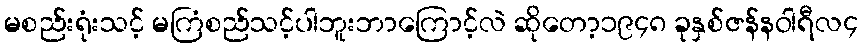
မစည်းရုံးသင့် မကြံစည်သင့်ပါဘူးဘာကြောင့်လဲ ဆိုတော့၁၉၄၈ ခုနှစ်ဇန်နဝါရီလ၄